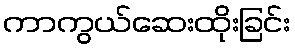
ကာကွယ်ဆေးထိုးခြင်း